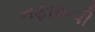
નફારૂપી